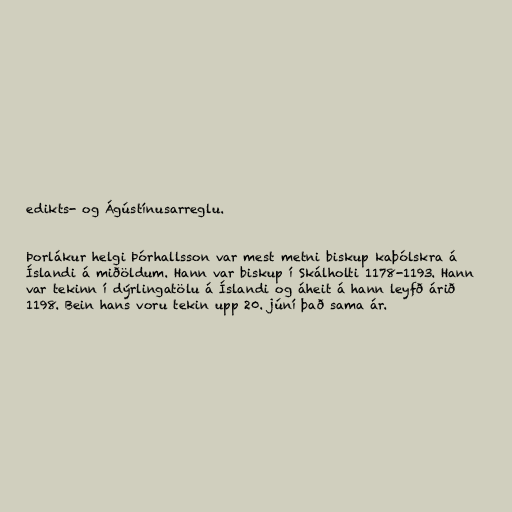
edikts- og Ágústínusarreglu.

Þorlákur helgi Þórhallsson var mest metni biskup kaþólskra á
Íslandi á miðöldum. Hann var biskup í Skálholti 1178-1193. Hann
var tekinn í dýrlingatölu á Íslandi og áheit á hann leyfð árið
1198. Bein hans voru tekin upp 20. júní það sama ár.